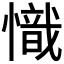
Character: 𢡠